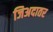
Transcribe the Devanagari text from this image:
जिअदातर